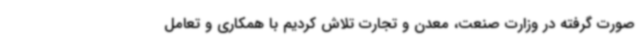
صورت گرفته در وزارت صنعت، معدن و تجارت تلاش کردیم با همکاری و تعامل